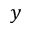
y